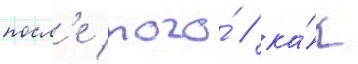
посл'е того́ / ка́к